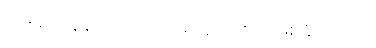
ပြားချပ်လွန်းလို့ အရည်တွေတောင် ဖြစ်နိုင်တယ်။